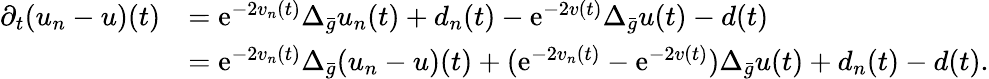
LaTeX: \begin{array}{rl}{\partial_{t}(u_{n}-u)(t)}&{=\mathrm{e}^{-2v_{n}(t)}\Delta_{\bar{g}}u_{n}(t)+d_{n}(t)-\mathrm{e}^{-2v(t)}\Delta_{\bar{g}}u(t)-d(t)}\\ &{=\mathrm{e}^{-2v_{n}(t)}\Delta_{\bar{g}}(u_{n}-u)(t)+(\mathrm{e}^{-2v_{n}(t)}-\mathrm{e}^{-2v(t)})\Delta_{\bar{g}}u(t)+d_{n}(t)-d(t).}\end{array}